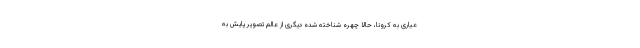
عیاری به کرونا، حالا چهره شناخته شده دیگری از عالم تصویر پایش به